Insane asylums in Bengal annual reports 1867-1875 - 1867-1875
Year: 1867
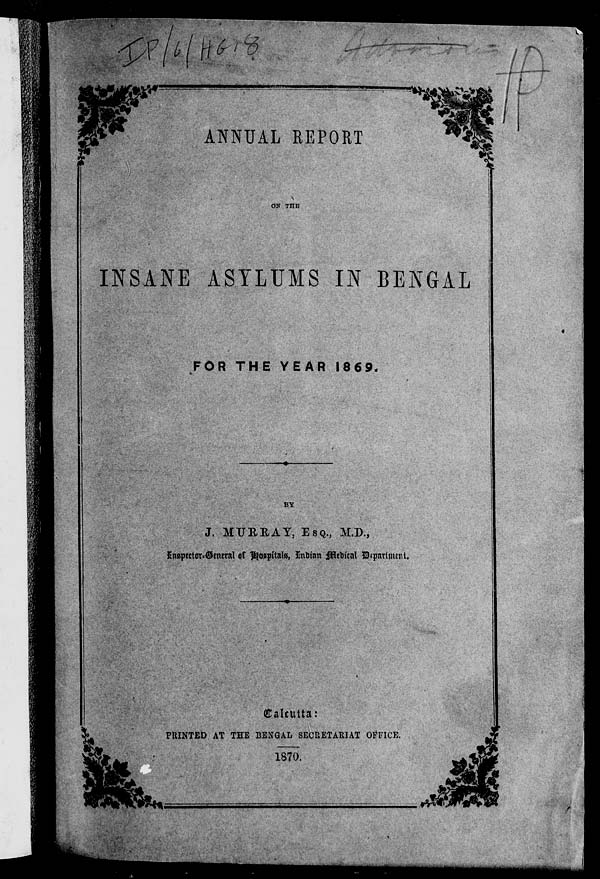
ANNUAL REPORT
ON THE
INSANE ASYLUMS IN BENGAL
FOR THE YEAR
1869.
BY
J. MURRAY, ESQ., M.D.,
Inspector-General of Hospitals, Indian Medical Department.
Calcutta:
PRINTED AT THE BENGAL SECRETARIAT OFFICE.
1870.